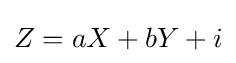
Z=aX+bY+i